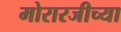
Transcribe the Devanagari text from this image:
मोरारजीच्या